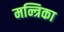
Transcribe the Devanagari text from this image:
मन्त्रिका